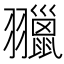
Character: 𦒦